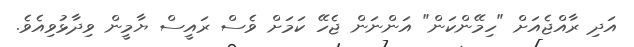
އަދި ރާއްޖެއަށް "ހިމޭންކަން" އަންނަން ޖެހޭ ކަމަށް ވެސް ރައީސް ޔާމީން ވިދާޅުވިއެވެ.